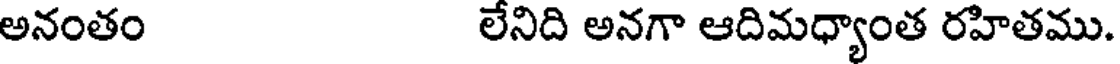
అనంతం లేనిది అనగా ఆదిమధ్యాంత రహితము.